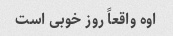
اوه واقعاً روز خوبی است